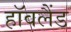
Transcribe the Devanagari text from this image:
हॉवलैंड